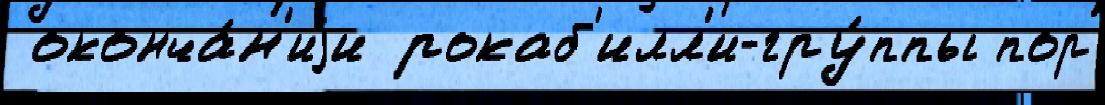
 оконча́н'иjи рокаб'илл'и-гру́ппы пор